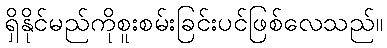
ရှိနိုင်မည်ကိုစူးစမ်းခြင်းပင်ဖြစ်လေသည်။